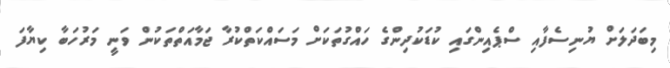
މިބަދަލަށް ޔުނިސެފާއި ސްޕެއިންގައި ކުޑަކުދިންގެ ހައްގުތަކަށް މަސައްކަތްކުރާ ޖަމާއަތްތަކުން ވަނީ މަރުހަބާ ކިޔާފަ